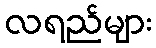
လရည်များ